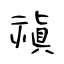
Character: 禛